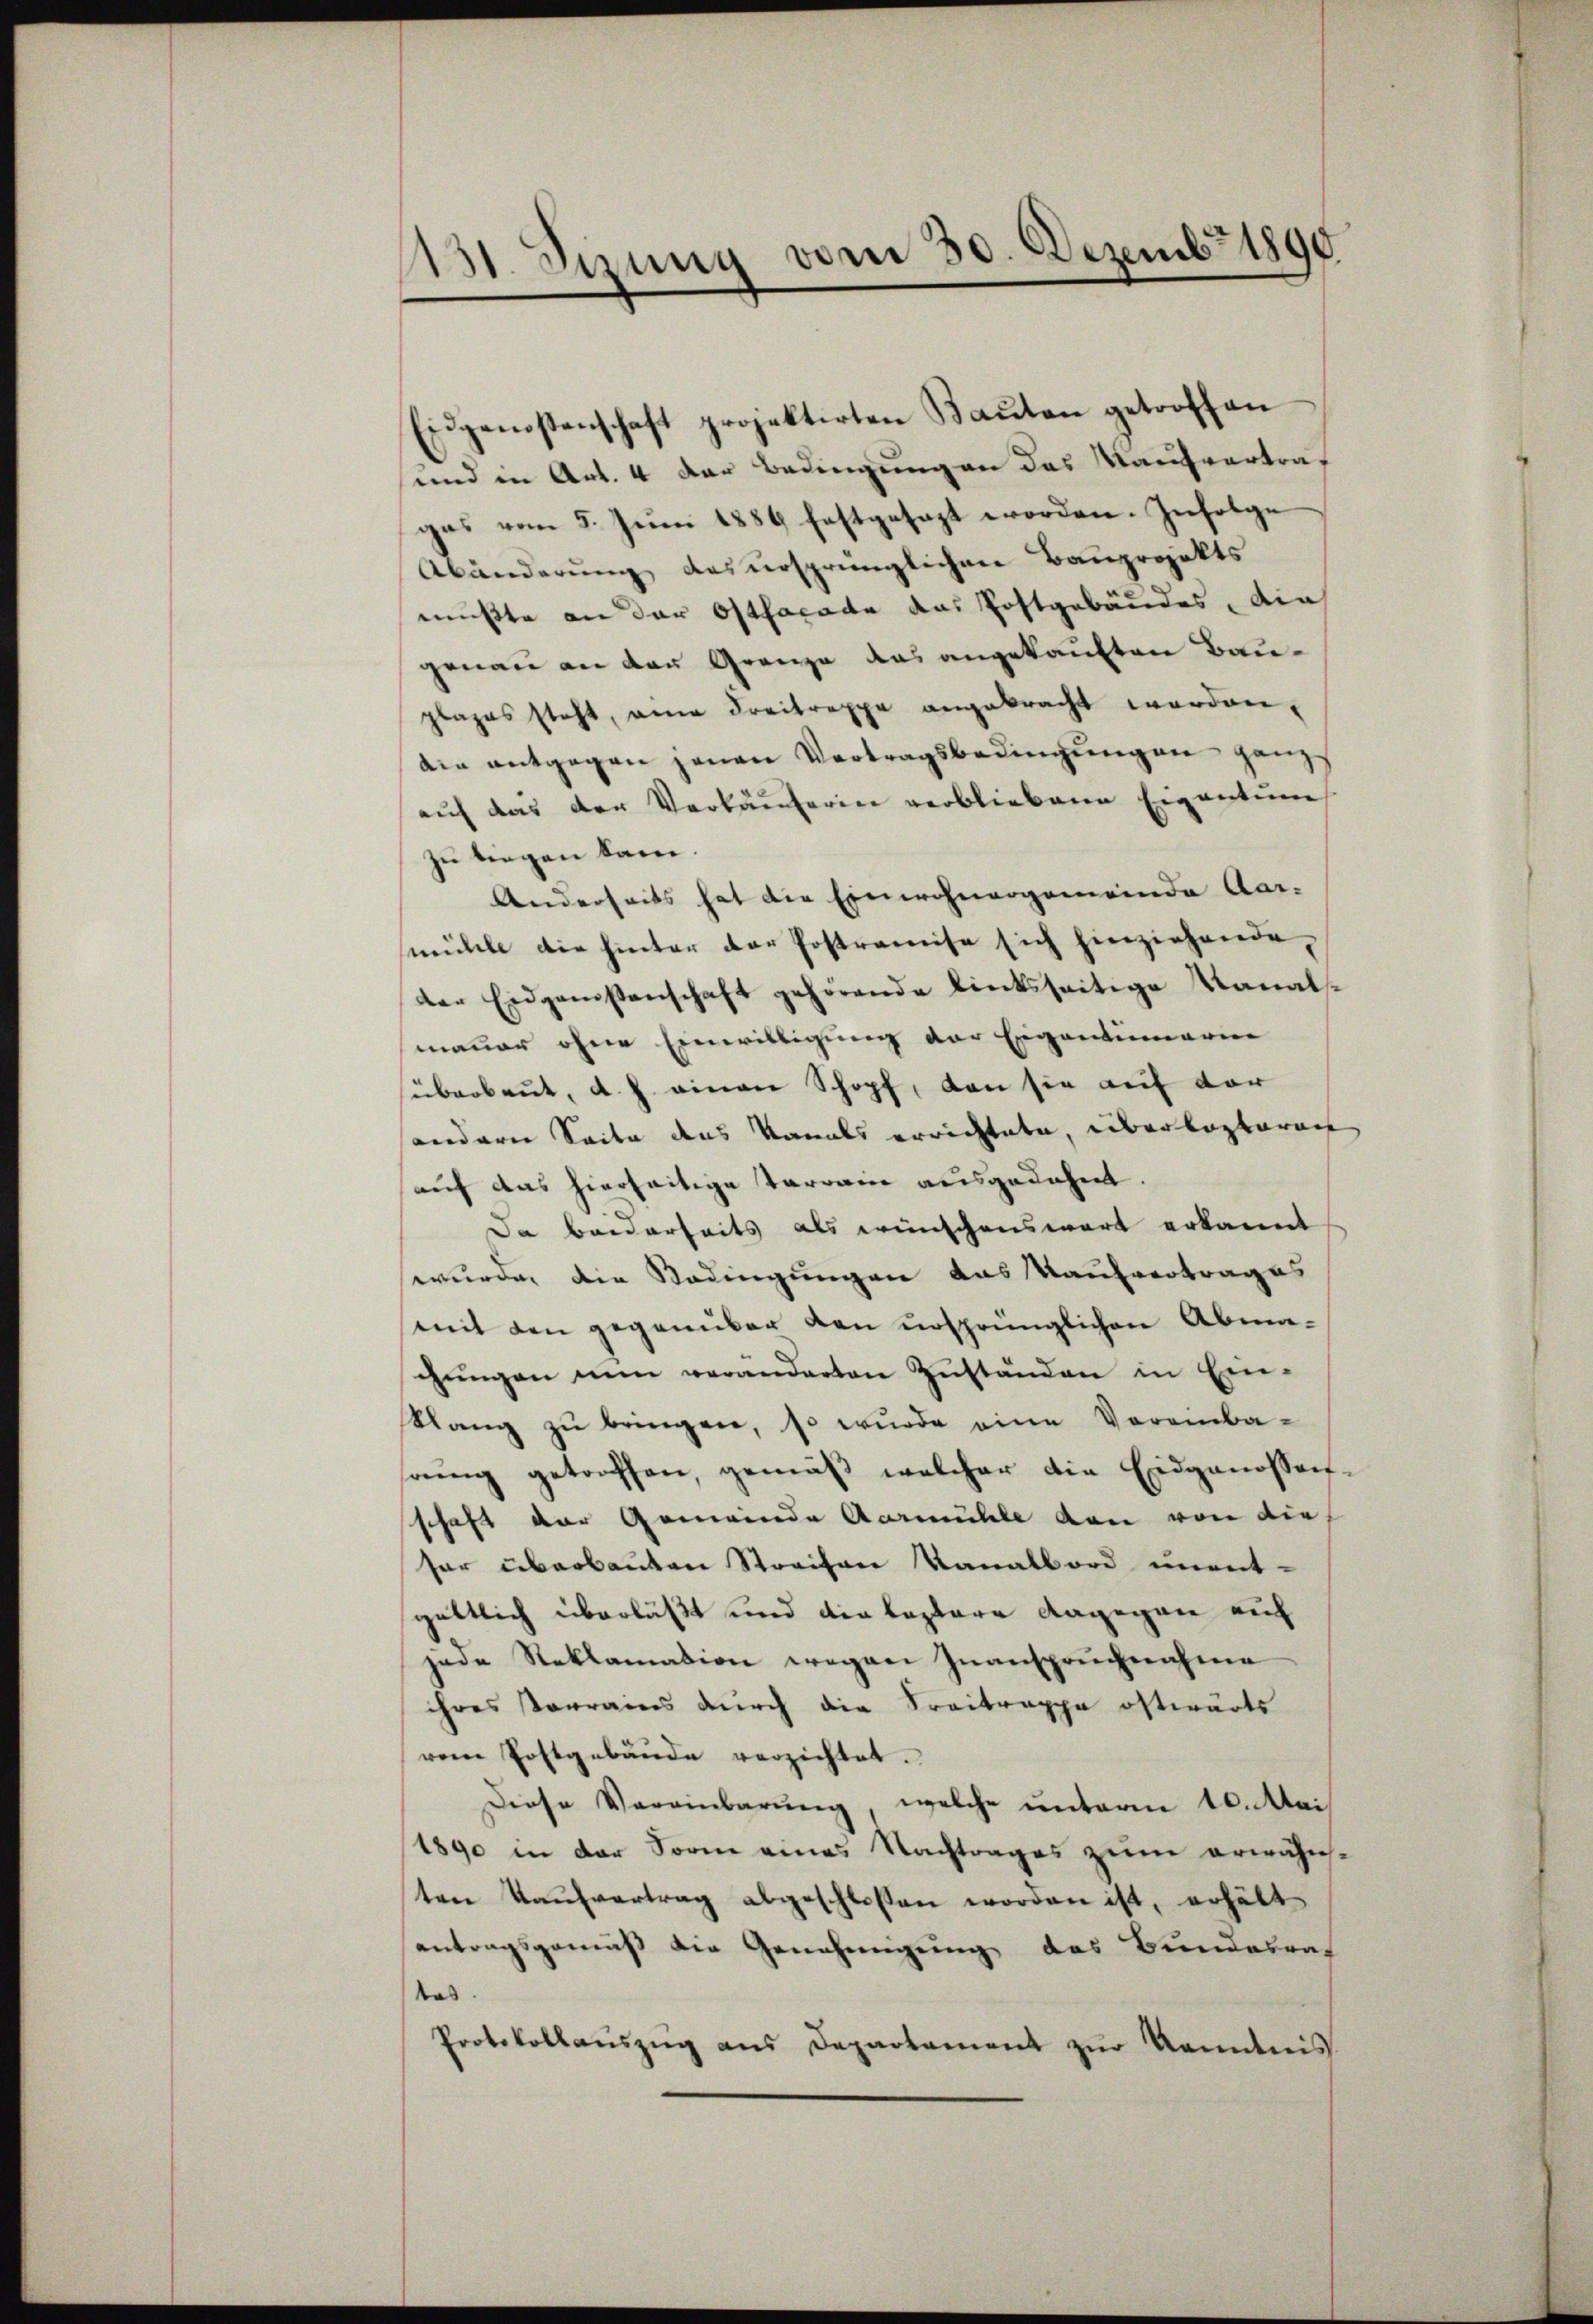
1131. Setzung vom 30. Dezemb. 1890

Eidgenossenschaft projektirten Baŭten getroffen
und in Art. 4 der Bedingung an das Kaufvertragas vom 5. Juni 1889 festgesezt worden. Infolge
Abänderung des ursprünglichen Bauprojekts
mußte an der Ostfacade das Postgebäudes, die
genau an den Grenze das angekauften Bauplazes steht, eine Freitreppe angebracht worden.
die antgegen jenen Vertragsbedingungen ganz
auf das der Verkäuferin verbliebene Eigentum
zu liegen kann.
Anderseits hat die Einwohnergemeinde Aar-
mühle die hinter der Postromise sich hierziehende
der Eidganistenschaft gehörende linksseitige Kanal-
mauer ohne Einwilligung der Eigentümerinn
überbaut, d. J. einen Schopf, dan sie auf der
anderen Seite das Kanals errichtete, überlagbaren
auf das hierseitige Terrain ausgedehnt.
Da beiderseits als wünschenswart erkannt
wurde, die Bedingungen das Kaufvertrages
mit den gegenüber den ursprünglichen Abma-
chŭngen nun veränderten Zŭständen in Ein-
klang zŭ bringen, so wurde eine Vereinba-
srŭng getroffen, gemäβ welcher die Eidgenossen
schaft der Gemeinde Aarmühle von von die
sar überbauten Streifen Kanalbord unent-
göttlich überläßt und die leztere dagegen auf
jede Reklamation wegen Inanspruchnahme
ihres Vorrains durch die Freitrappe ostwärts
rem Postgebäude verzichtet.
Diese Vereinbarŭng, welche unterm 10. Mai
1890 in der Form eines Nachtrages zum erwähn-
ten Kaŭfvertrag abgeschlossen worden ist, erhält
antragsgemäß die Genehmigung des Bundesrat
tas.
Protokollaŭszŭg ans Departement zŭr Kenntnis

¬

e